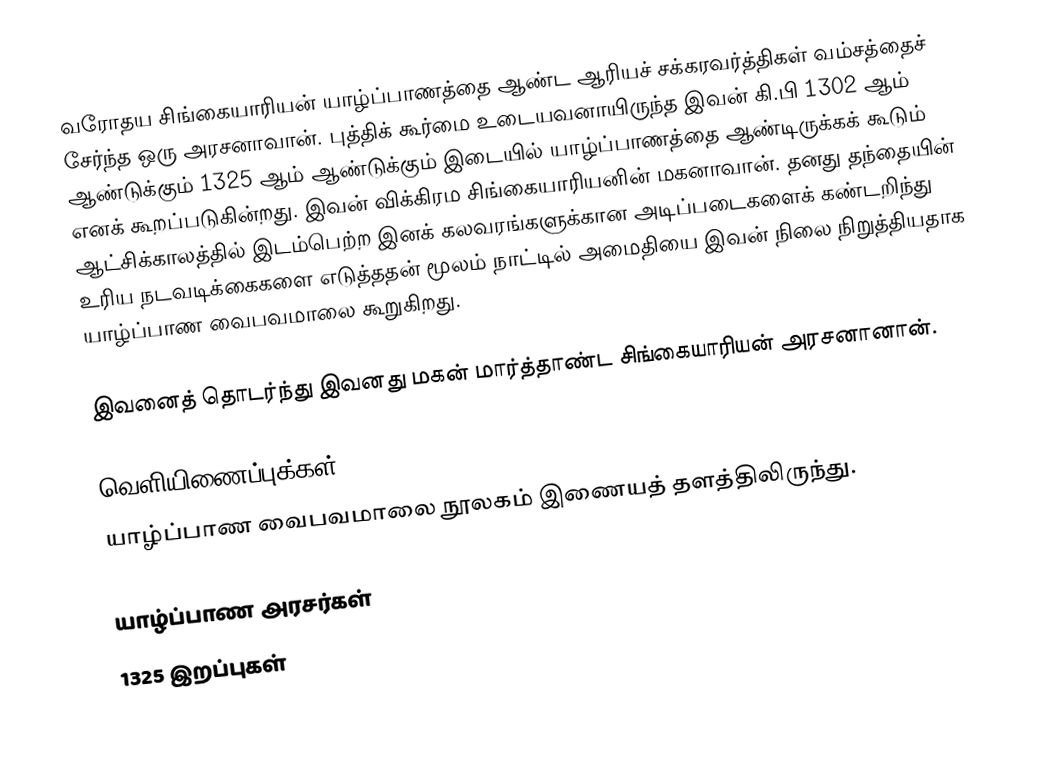
வரோதய சிங்கையாரியன் யாழ்ப்பாணத்தை ஆண்ட ஆரியச் சக்கரவர்த்திகள் வம்சத்தைச் சேர்ந்த ஒரு அரசனாவான். புத்திக் கூர்மை உடையவனாயிருந்த இவன் கி.பி 1302 ஆம் ஆண்டுக்கும் 1325 ஆம் ஆண்டுக்கும் இடையில் யாழ்ப்பாணத்தை ஆண்டிருக்கக் கூடும் எனக் கூறப்படுகின்றது. இவன் விக்கிரம சிங்கையாரியனின் மகனாவான். தனது தந்தையின் ஆட்சிக்காலத்தில் இடம்பெற்ற இனக் கலவரங்களுக்கான அடிப்படைகளைக் கண்டறிந்து உரிய நடவடிக்கைகளை எடுத்ததன் மூலம் நாட்டில் அமைதியை இவன் நிலை நிறுத்தியதாக யாழ்ப்பாண வைபவமாலை கூறுகிறது.

இவனைத் தொடர்ந்து இவனது மகன் மார்த்தாண்ட சிங்கையாரியன் அரசனானான்.

வெளியிணைப்புக்கள்
 யாழ்ப்பாண வைபவமாலை  நூலகம் இணையத் தளத்திலிருந்து.

யாழ்ப்பாண அரசர்கள்
1325 இறப்புகள்